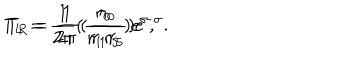
LaTeX: T _ { L } = \frac { 1 } { 2 \pi } ( { \frac { r _ { 0 } } { r _ { 1 } r _ { 5 } } } ) e ^ { \sigma } , \hspace { 5 m m } T _ { R } = \frac { 1 } { 2 \pi } ( { \frac { r _ { 0 } } { r _ { 1 } r _ { 5 } } } ) e ^ { - \sigma } .